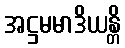
အဋ္ဌမမာဒိယန္တိ